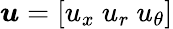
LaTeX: \boldsymbol{u}=\left[u_{x}~u_{r}~u_{\theta}\right]